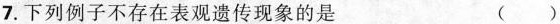
7.下列例子不存在表观遗传现象的是 ( )